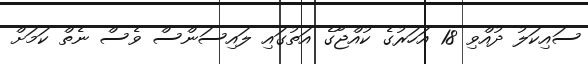
ސައިކަލު ދުއްވި 18 އަހަރުގެ ކުއްޖާގެ އަތުގައި ލައިސަންސް ވެސް ނެތް ކަމަށް